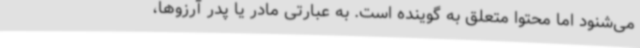
می‌شنود اما محتوا متعلق به گوینده است‌. به عبارتی مادر یا پدر آرزوها،